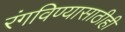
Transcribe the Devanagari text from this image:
रंगविण्यासाठीही